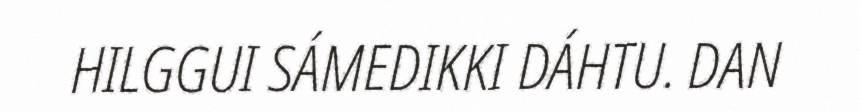
HILGGUI SÁMEDIKKI DÁHTU. DAN